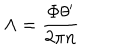
\Lambda = { \frac { \Phi \theta ^ { \prime } } { 2 \pi n } }